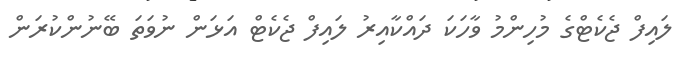
ލައިފް ޖެކެޓްގެ މުހިންމު ވާހަކަ ދައްކާއިރު ލައިފް ޖެކެޓް އަޅަން ނުވަތަ ބޭނުންކުރަން